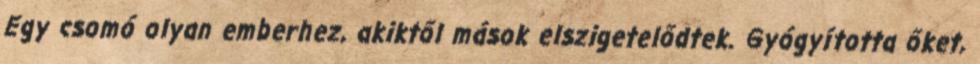
Egy csomó olyan emberhez, akiktől mások elszigetelődtek. Gyógyította őket,